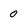
Character: 0